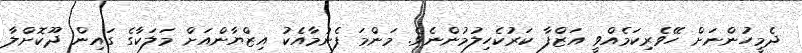
ދެމީހުންނަށް ހޭވެރިކަމެއްވީ އަޒްފާ ކަރުކެހިލުމުންނެވެ. މަންމަ ފެނުމާއެކު އިޒްޔާންއަށް މަލަކާގެ ގައިން ދޫކޮށްލާ